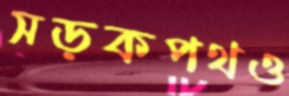
সড়কপথও